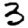
Digit: 3